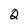
Character: Q